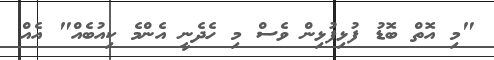
"މި އޮތް ބޮޑު ފުޅިފުޅިން ވެސް މި ހެދެނީ އެންމެ ކިއުބެއް" އެއް